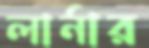
লার্নার